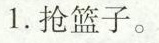
1.抢篮子。